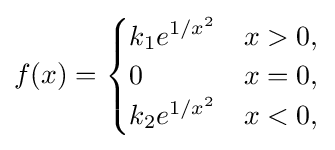
f(x)={\begin{cases}k_{1}e^{1/x^{2}}&x>0,\\0&x=0,\\k_{2}e^{1/x^{2}}&x<0,\end{cases}}